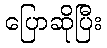
ပြောဆိုပြီး